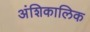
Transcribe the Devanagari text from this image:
अंशिकालिक